Vaccination in Bombay 1856-1862 - 1856-1862
Year: 1856
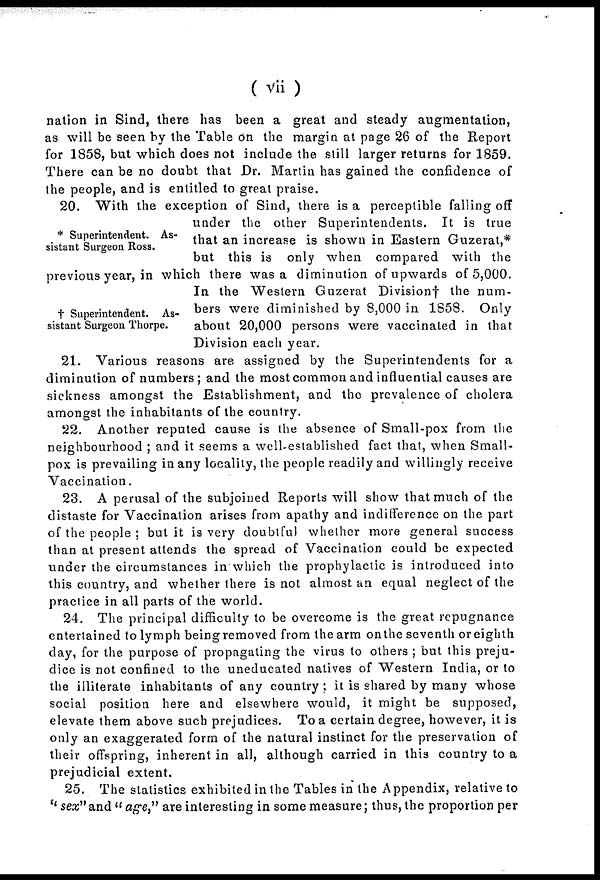
( vii )
nation in Sind, there has been a great and steady augmentation,
as will be seen by the Table on the margin at page 26 of the Report
for 1858, but which does not include the still larger returns for 1859.
There can be no doubt that Dr. Martin has gained the confidence of
the people, and is entitled to great praise.
* Superintendent. As-
sistant Surgeon Ross.
† Superintendent. As-
sistant Surgeon Thorpe.
20. With the exception of Sind, there is a perceptible falling off
under the other Superintendents. It is true
that an increase is shown in Eastern Guzerat,*
but this is only when compared with the
previous year, in which there was a diminution of upwards of 5,000.
In the Western Guzerat Division† the num-
bers were diminished by 8,000 in 1858. Only
about 20,000 persons were vaccinated in that
Division each year.
21. Various reasons are assigned by the Superintendents for a
diminution of numbers; and the most common and influential causes are
sickness amongst the Establishment, and the prevalence of cholera
amongst the inhabitants of the country.
22. Another reputed cause is the absence of Small-pox from the
neighbourhood ; and it seems a well-established fact that, when Small-
pox is prevailing in any locality, the people readily and willingly receive
Vaccination.
23. A perusal of the subjoined Reports will show that much of the
distaste for Vaccination arises from apathy and indifference on the part
of the people ; but it is very doubtful whether more general success
than at present attends the spread of Vaccination could be expected
under the circumstances in which the prophylactic is introduced into
this country, and whether there is not almost an equal neglect of the
practice in all parts of the world.
24. The principal difficulty to be overcome is the great repugnance
entertained to lymph being removed from the arm on the seventh or eighth
day, for the purpose of propagating the virus to others ; but this preju-
dice is not confined to the uneducated natives of Western India, or to
the illiterate inhabitants of any country; it is shared by many whose
social position here and elsewhere would, it might be supposed,
elevate them above such prejudices. To a certain degree, however, it is
only an exaggerated form of the natural instinct for the preservation of
their offspring, inherent in all, although carried in this country to a
prejudicial extent.
25. The statistics exhibited in the Tables in the Appendix, relative to
''sex"and " age," are interesting in some measure; thus, the proportion per